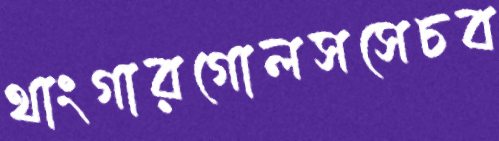
থাংগারগোলসসেচব